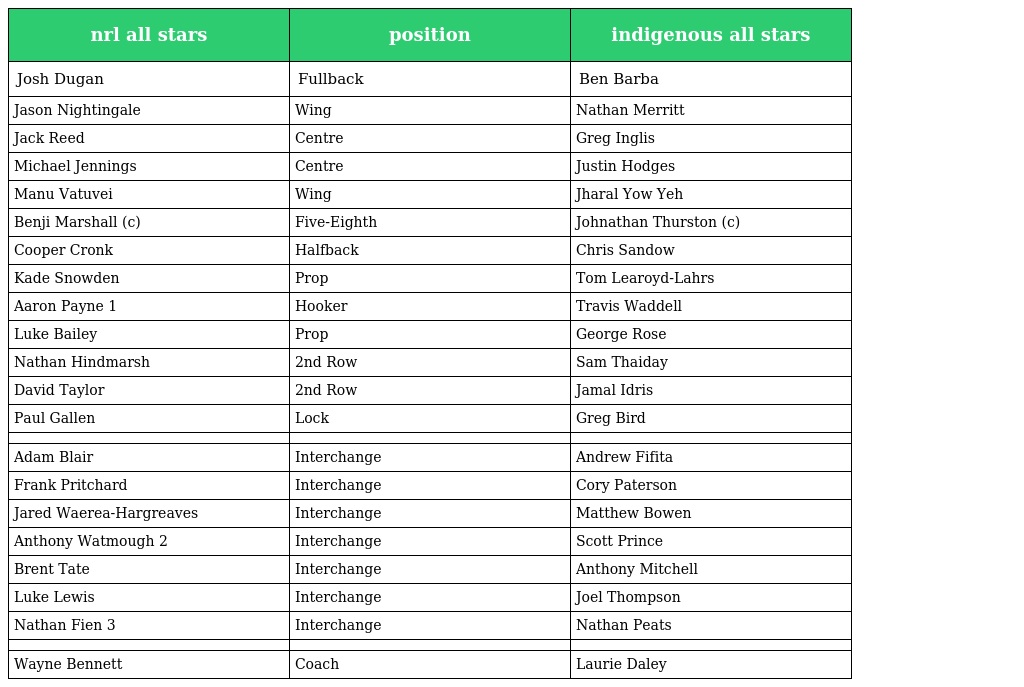
| nrl all stars | position | indigenous all stars |
 | --- | --- | --- |
 | Josh Dugan | Fullback | Ben Barba |
 | Jason Nightingale | Wing | Nathan Merritt |
 | Jack Reed | Centre | Greg Inglis |
 | Michael Jennings | Centre | Justin Hodges |
 | Manu Vatuvei | Wing | Jharal Yow Yeh |
 | Benji Marshall (c) | Five-Eighth | Johnathan Thurston (c) |
 | Cooper Cronk | Halfback | Chris Sandow |
 | Kade Snowden | Prop | Tom Learoyd-Lahrs |
 | Aaron Payne 1 | Hooker | Travis Waddell |
 | Luke Bailey | Prop | George Rose |
 | Nathan Hindmarsh | 2nd Row | Sam Thaiday |
 | David Taylor | 2nd Row | Jamal Idris |
 | Paul Gallen | Lock | Greg Bird |
 |  |  |  |
 | Adam Blair | Interchange | Andrew Fifita |
 | Frank Pritchard | Interchange | Cory Paterson |
 | Jared Waerea-Hargreaves | Interchange | Matthew Bowen |
 | Anthony Watmough 2 | Interchange | Scott Prince |
 | Brent Tate | Interchange | Anthony Mitchell |
 | Luke Lewis | Interchange | Joel Thompson |
 | Nathan Fien 3 | Interchange | Nathan Peats |
 |  |  |  |
 | Wayne Bennett | Coach | Laurie Daley |